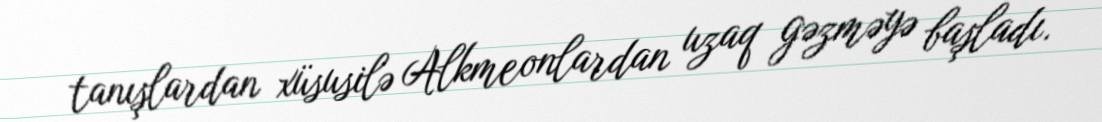
tanışlardan xüsusilə Alkmeonlardan uzaq gəzməyə başladı.